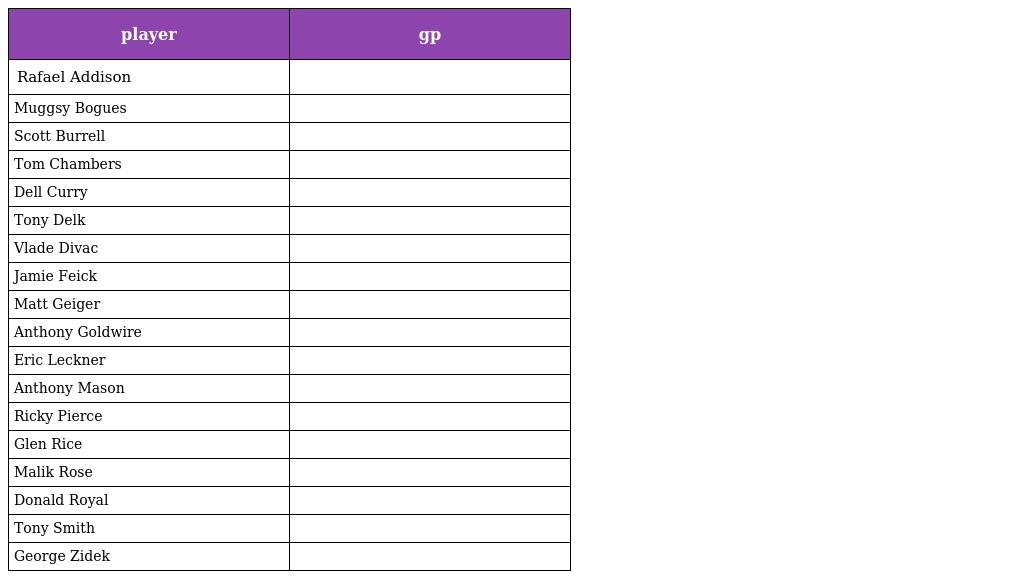
| player | gp |
 | --- | --- |
 | Rafael Addison |  |
 | Muggsy Bogues |  |
 | Scott Burrell |  |
 | Tom Chambers |  |
 | Dell Curry |  |
 | Tony Delk |  |
 | Vlade Divac |  |
 | Jamie Feick |  |
 | Matt Geiger |  |
 | Anthony Goldwire |  |
 | Eric Leckner |  |
 | Anthony Mason |  |
 | Ricky Pierce |  |
 | Glen Rice |  |
 | Malik Rose |  |
 | Donald Royal |  |
 | Tony Smith |  |
 | George Zidek |  |